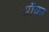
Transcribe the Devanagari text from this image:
झाँका